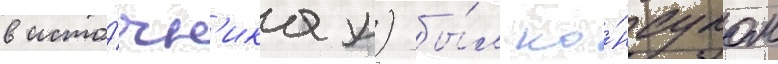
в исто́чн'иках) бы́л ко́нсулом